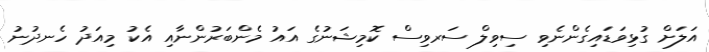
އަލަށް ގުޅިވަޑައިގެންނެވި ސިވިލް ސަރވިސް ކޮމިޝަނުގެ އައު މެންބަރުންނާއި އެކު މިއަދު ހެނދުނު